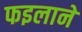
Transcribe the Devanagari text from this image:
फइलाने